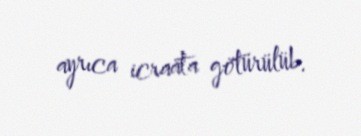
ayrıca icraata götürülüb.